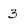
Character: 3